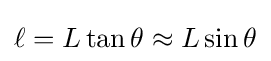
\ell =L\tan \theta \approx L\sin \theta